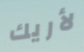
لأريك